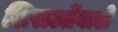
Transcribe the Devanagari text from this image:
शिराओंवाले